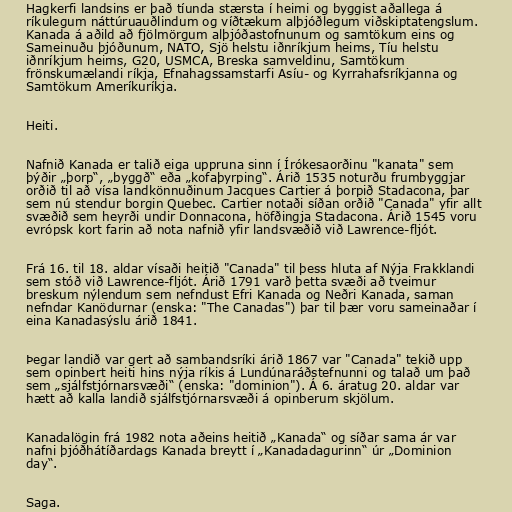
Hagkerfi landsins er það tíunda stærsta í heimi og byggist aðallega á
ríkulegum náttúruauðlindum og víðtækum alþjóðlegum viðskiptatengslum.
Kanada á aðild að fjölmörgum alþjóðastofnunum og samtökum eins og
Sameinuðu þjóðunum, NATO, Sjö helstu iðnríkjum heims, Tíu helstu
iðnríkjum heims, G20, USMCA, Breska samveldinu, Samtökum
frönskumælandi ríkja, Efnahagssamstarfi Asíu- og Kyrrahafsríkjanna og
Samtökum Ameríkuríkja.

Heiti.

Nafnið Kanada er talið eiga uppruna sinn í Írókesaorðinu "kanata" sem
þýðir „þorp“, „byggð“ eða „kofaþyrping“. Árið 1535 noturðu frumbyggjar
orðið til að vísa landkönnuðinum Jacques Cartier á þorpið Stadacona, þar
sem nú stendur borgin Quebec. Cartier notaði síðan orðið "Canada" yfir allt
svæðið sem heyrði undir Donnacona, höfðingja Stadacona. Árið 1545 voru
evrópsk kort farin að nota nafnið yfir landsvæðið við Lawrence-fljót.

Frá 16. til 18. aldar vísaði heitið "Canada" til þess hluta af Nýja Frakklandi
sem stóð við Lawrence-fljót. Árið 1791 varð þetta svæði að tveimur
breskum nýlendum sem nefndust Efri Kanada og Neðri Kanada, saman
nefndar Kanödurnar (enska: "The Canadas") þar til þær voru sameinaðar í
eina Kanadasýslu árið 1841.

Þegar landið var gert að sambandsríki árið 1867 var "Canada" tekið upp
sem opinbert heiti hins nýja ríkis á Lundúnaráðstefnunni og talað um það
sem „sjálfstjórnarsvæði“ (enska: "dominion"). Á 6. áratug 20. aldar var
hætt að kalla landið sjálfstjórnarsvæði á opinberum skjölum.

Kanadalögin frá 1982 nota aðeins heitið „Kanada“ og síðar sama ár var
nafni þjóðhátíðardags Kanada breytt í „Kanadadagurinn“ úr „Dominion
day“.

Saga.